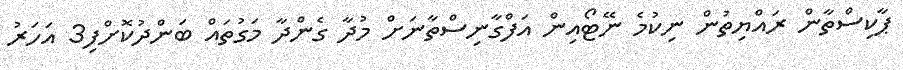
ޕާކިސްތާން ރައްޔިތުން ނިކުމެ ނޭޓޯއިން އަފްގާނިސްތާނަށް މުދާ ގެންދާ މަގުތައް ބަންދުކޮށްފި3 އަހަރު